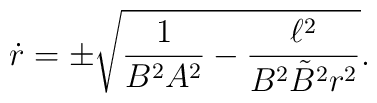
\dot{r}=\pm \sqrt{{1\over B^{2}A^{2}}-{\ell^{2}\over B^{2}\tilde{B}^{2}r^{2}}}.